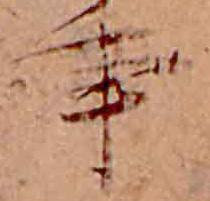
事